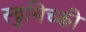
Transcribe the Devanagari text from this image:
स्ट्रुमिच्की